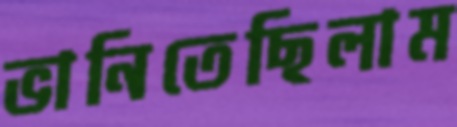
ভানিতেছিলাম